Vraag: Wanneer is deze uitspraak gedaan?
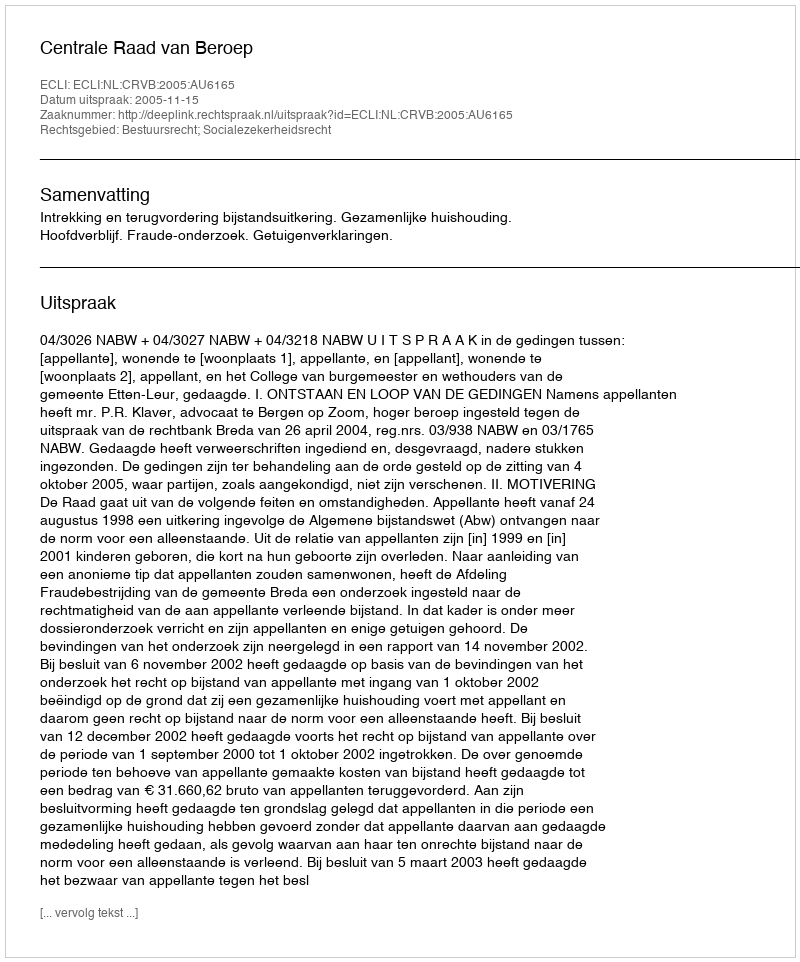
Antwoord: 2005-11-15